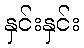
နှင်းနှင်း